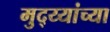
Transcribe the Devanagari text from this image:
मुद्य्यांच्या